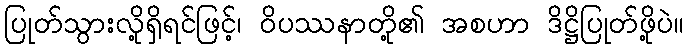
ပြုတ်သွားလို့ရှိရင်ဖြင့်၊ ဝိပဿနာတို့၏ အစဟာ ဒိဋ္ဌိပြုတ်ဖို့ပဲ။